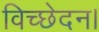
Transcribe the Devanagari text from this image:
विच्छेदन।